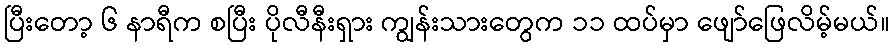
ပြီးတော့ ၆ နာရီက စပြီး ပိုလီနီးရှား ကျွန်းသားတွေက ၁၁ ထပ်မှာ ဖျော်ဖြေလိမ့်မယ်။